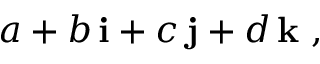
a + b \, \mathbf { i } + c \, \mathbf { j } + d \, \mathbf { k } \ ,